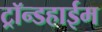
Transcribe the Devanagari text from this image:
ट्रॉन्डहाईम